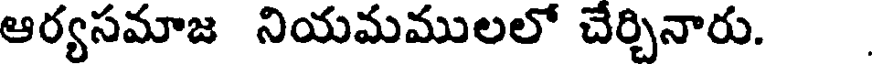
ఆర్యసమాజ నియమములలో చేర్చినారు.